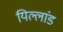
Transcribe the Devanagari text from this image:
यिल्लांड